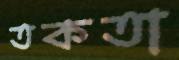
তকতা